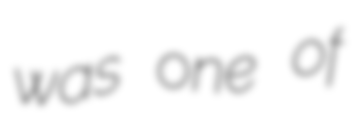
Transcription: was one of